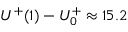
U ^ { + } ( 1 ) - U _ { 0 } ^ { + } \approx 1 5 . 2